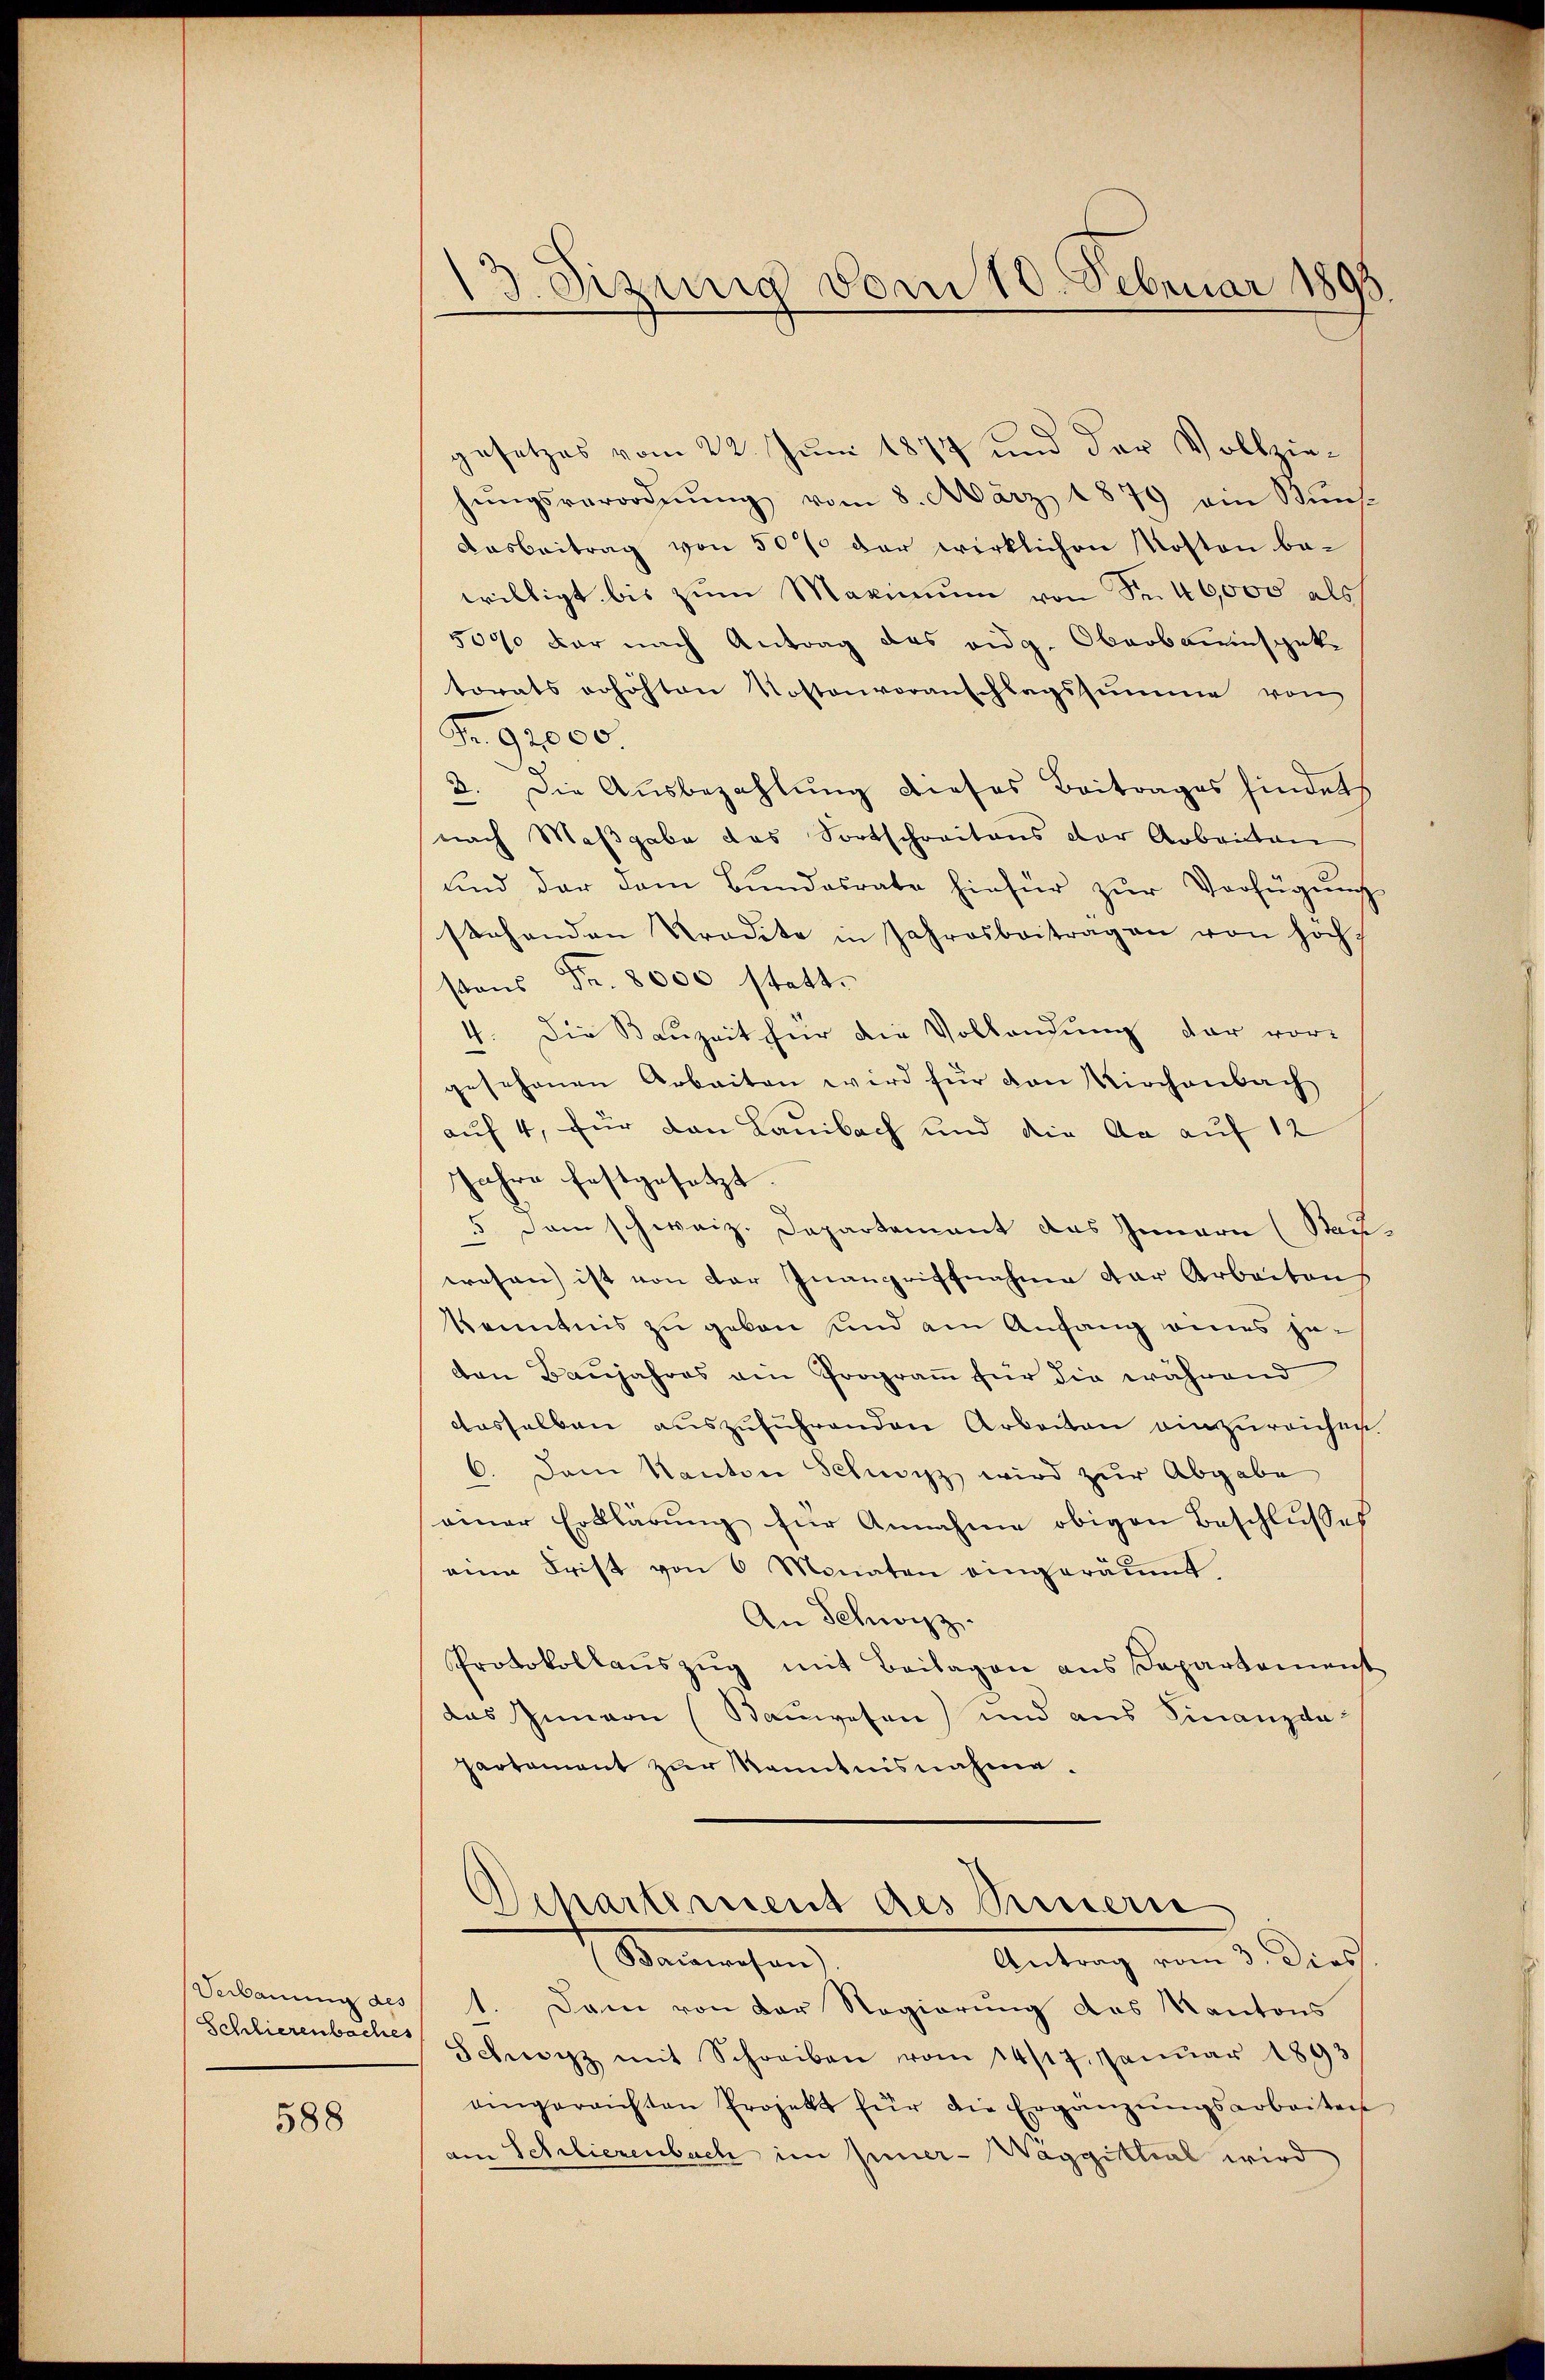
Verbauung des
Schlierenbaches

588

13. Sizung vom 10. Februar 1893

gesetzes vom 22. Juni 1872 und der Vollziehŭngsverordnŭng vom 8. März 1879 ain Kŭns-
Dasbeitrag von 50% der wirklichen Kosten be-
willigt bis zum Maximum von Fr. 40,000 als
5000 der nach Antrag des eidg. Oberbauinspektorats erhöhten Kostenvoranschlagssumme von
Nr. 92000
2. Die Aŭsbezahlung dieses Beitrages finderts
nach Maβgabe das Fortschreitens der Arbeiten
und der dem Bŭndesrate hiefür zŭr Verfügŭng
stehenden Tradita in Jahresbeitragen von hoch-
stens Fr. 8000 statt.
4. Die Bauzeit für die Vollendung der vor-
gesehenen Arbeiten wird für den Kirchenbach
auf 4, für von Lauibach und die Aa auf 12
jahre festgesetzt.
5 Dem schweiz. Departement das Innern (Stau
wesen ist von der Inangriffnahme der Arbeiten
kenntnis zu geben und am Anfang eines jecon Baŭjahres ein Prograṁ für die während
dasselben auszuführenden Arbeiten einzureichen.
6. Dem Kanton Schwyz wird zur Abgabe
einer Erklärung für Annahme obigen Beschlusses
aie Frist von 6 Monaten eingeräumt.
An Schwyz.
Protokollauszug mit Beilagen aus Departement
das Innern (Bauwesen) und aus Finanzda
partament zur Kenntnisnahme.
Departement des Sinnern
(Sanenschen
Antrag vom 3. Dies
1. Dann von der Regierung das Kantons
Schwarz mit Schreiben vom 14/17. Janŭar 1893
aingereichten Projekt für die Ergänzŭngsarbeiten
am Schlierenbach im Miner-Wäggittial wird